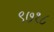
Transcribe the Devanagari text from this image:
९७१८